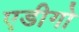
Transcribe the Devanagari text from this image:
एडीगो